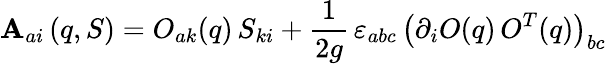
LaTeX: \mathbf{A}_{ai}\left(q,S\right)=O_{ak}(q)\, S_{ki}+\frac{{1}}{{2g}}\, \varepsilon_{abc}\, \left(\partial_{i}O(q)\, O^{T}(q)\right)_{bc}